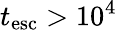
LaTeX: t_{\mathrm{esc}}>10^{4}